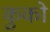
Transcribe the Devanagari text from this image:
कुको